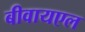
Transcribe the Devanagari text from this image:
बीवायएल